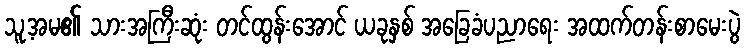
သူ့အမ၏ သားအကြီးဆုံး တင်ထွန်းအောင် ယခုနှစ် အခြေခံပညာရေး အထက်တန်းစာမေးပွဲ